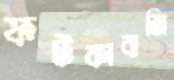
ফটকাবাজি